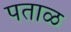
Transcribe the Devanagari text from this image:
पताळ